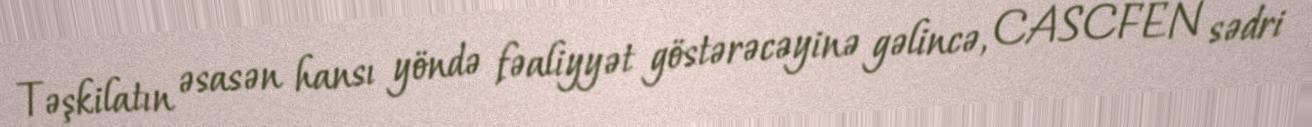
Təşkilatın əsasən hansı yöndə fəaliyyət göstərəcəyinə gəlincə, CASCFEN sədri